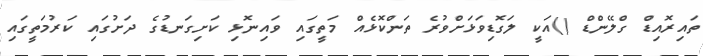
ތައިރޮއިޑް ގްލޭންޑް ()އަކީ ލަގޮޑިވަޅަށްވުރެ ތަންކޮޅެއް މަތީގައި ވައިނޮޅި ކަށިގަނޑުގެ ދަށުގައި ކަރުމަތީގައި